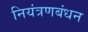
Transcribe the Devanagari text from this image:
नियंत्रणबंधन